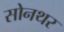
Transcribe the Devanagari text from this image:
सोनथर